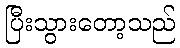
ပြီးသွားတော့သည်